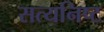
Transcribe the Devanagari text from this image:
सत्यनिष्ट